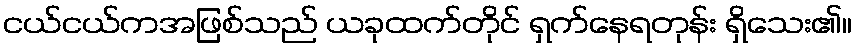
ငယ်ငယ်ကအဖြစ်သည် ယခုထက်တိုင် ရှက်နေရတုန်း ရှိသေး၏။